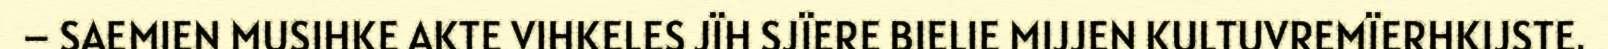
– SAEMIEN MUSIHKE AKTE VIHKELES JÏH SJÏERE BIELIE MIJJEN KULTUVREMÏERHKIJSTE.